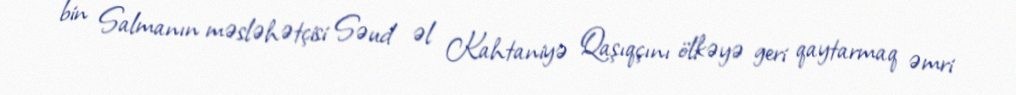
bin Salmanın məsləhətçisi Səud əl Kahtaniyə Qaşıqçını ölkəyə geri qaytarmaq əmri